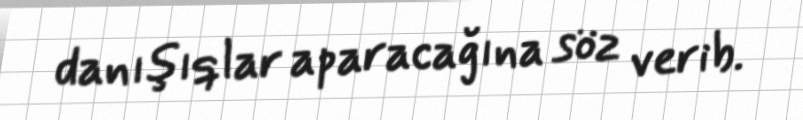
danışıqlar aparacağına söz verib.